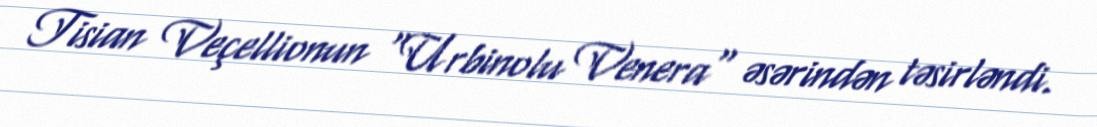
Tisian Veçellionun "Urbinolu Venera" əsərindən təsirləndi.